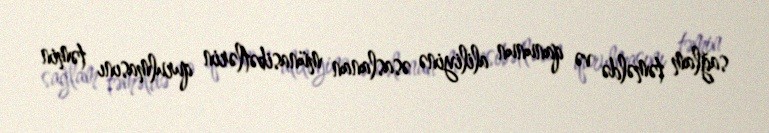
sağlam təməldə və qanunun aliliyinə əsaslanan münasibətlərin qurulmasını təmin